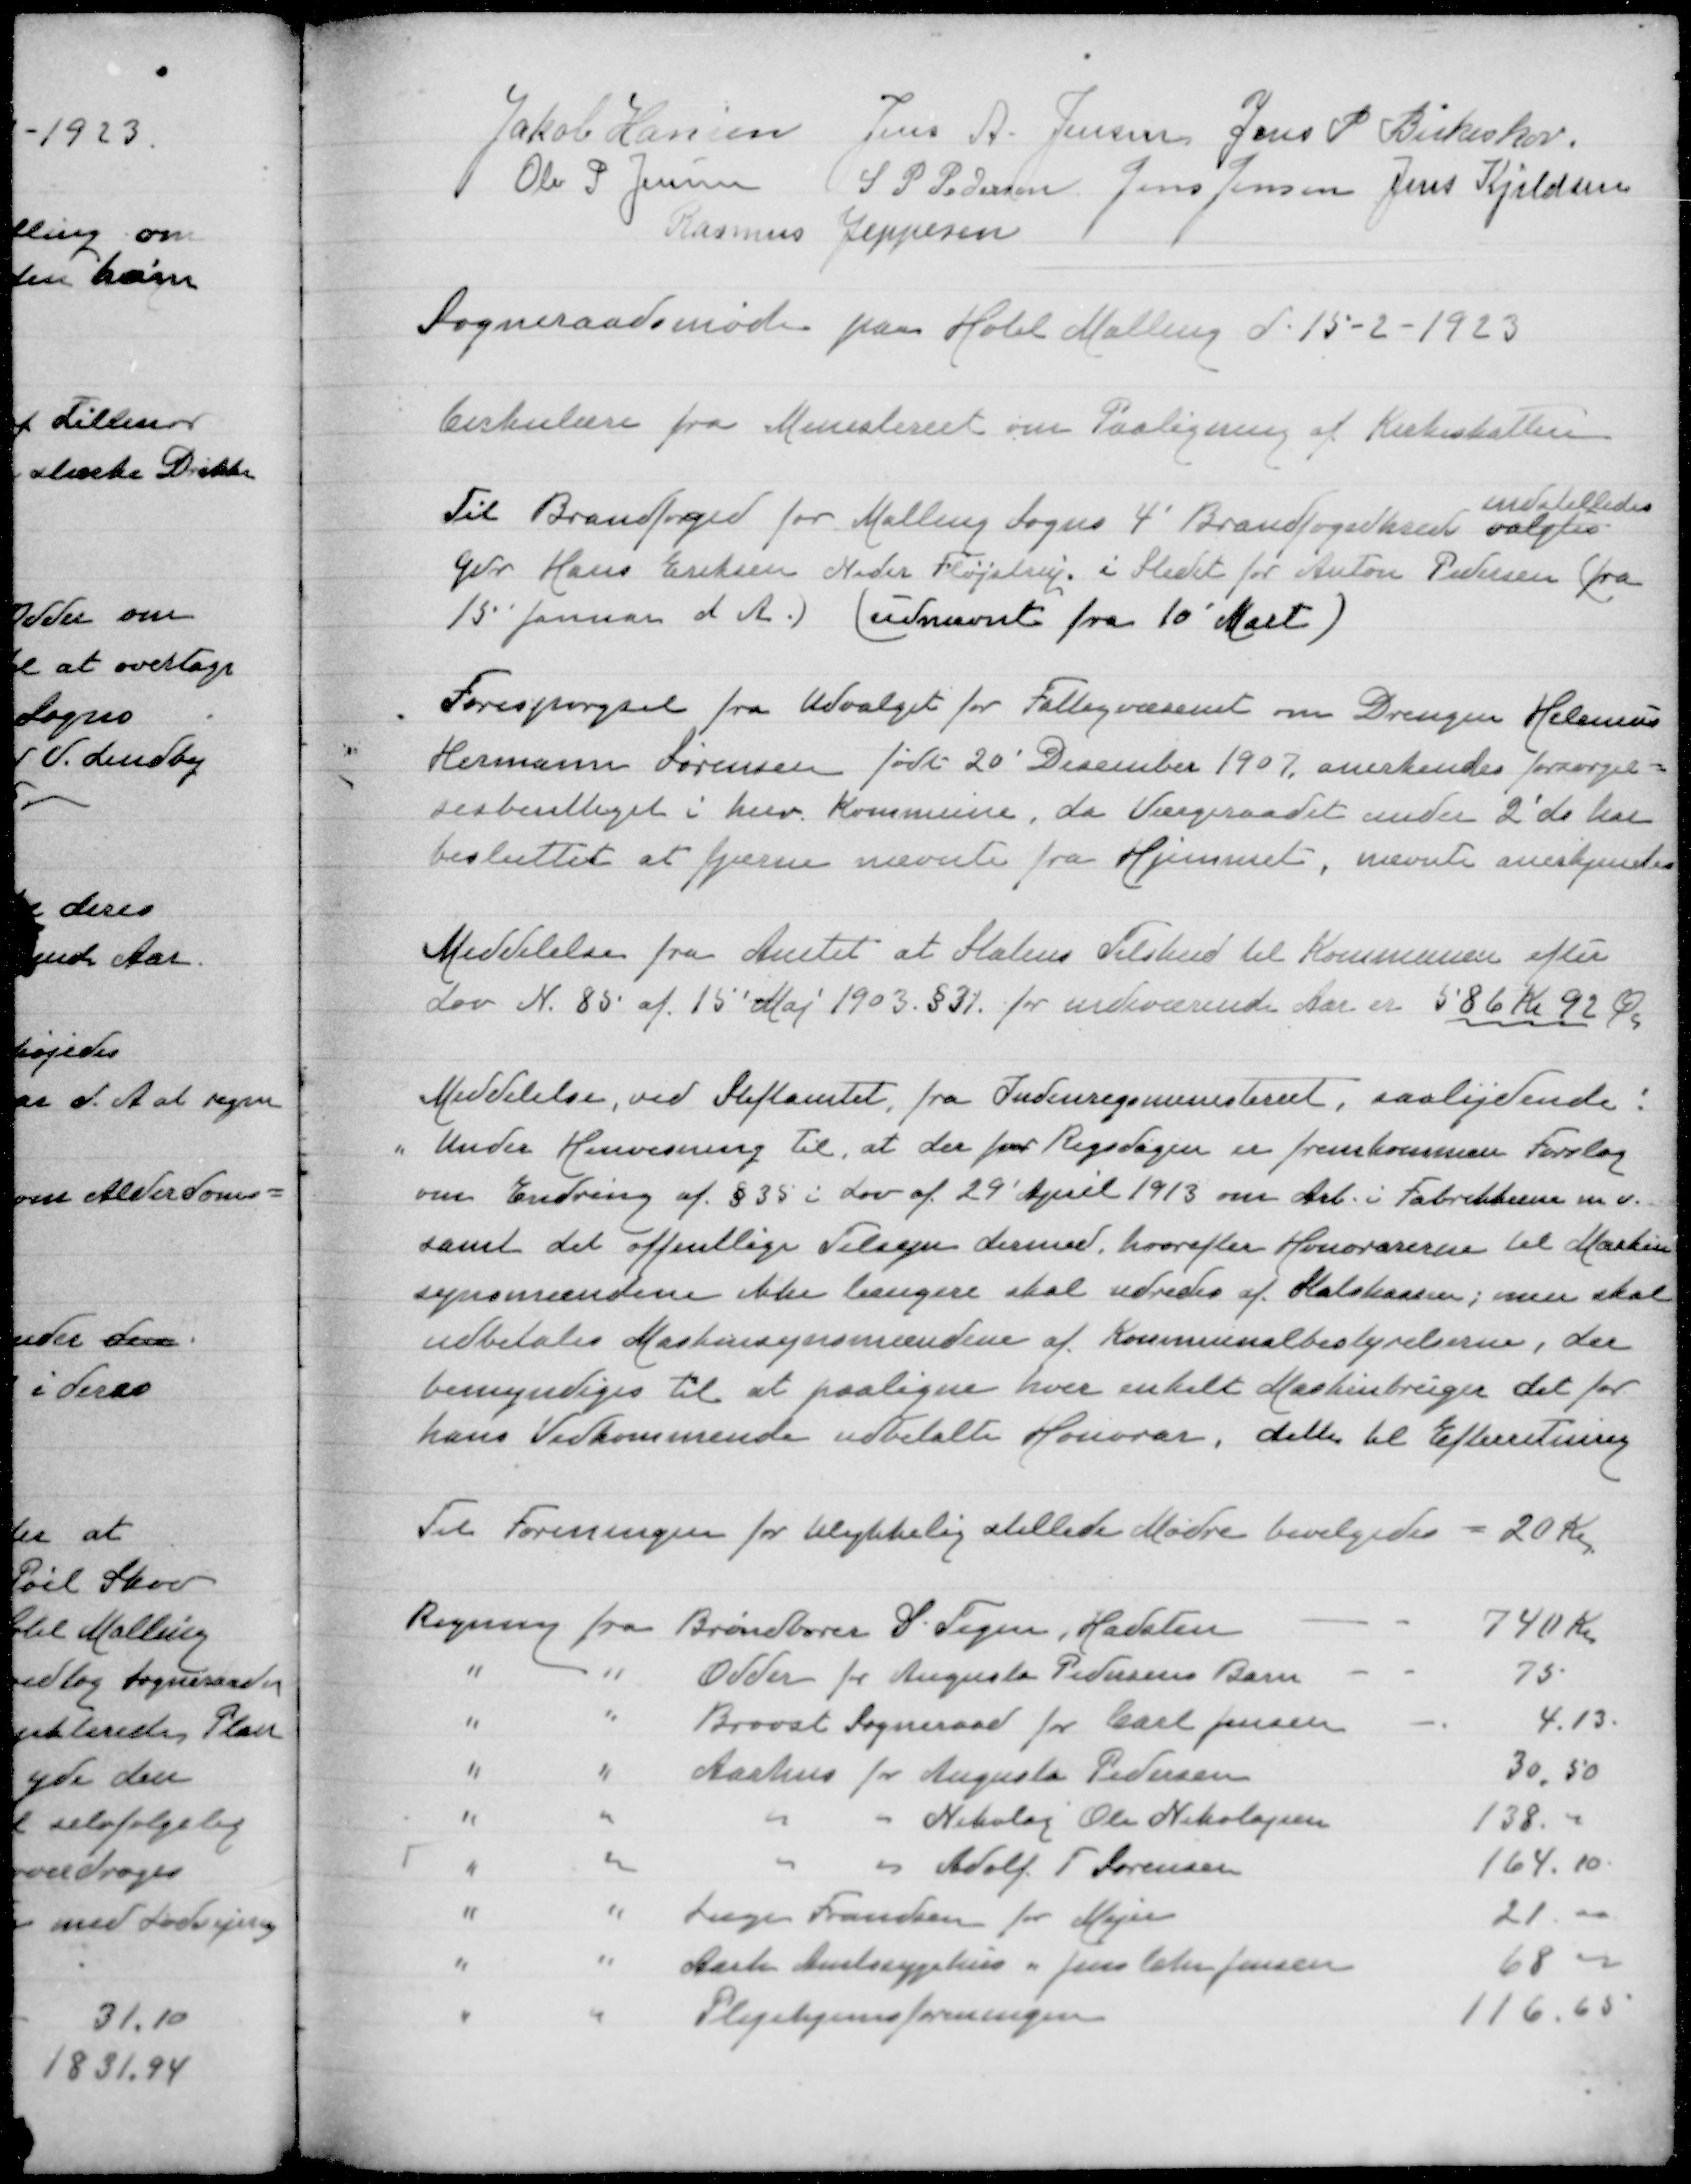
Transskription:
Jakob Hansen
Jens A Jensen
Jens P Birkeskov
Ole P Jensen
S P Pedersen
Jens Jensen
Jens Kjeldsen
Rasmus Jeppesen
Sogneraadsmøde paa Hotel Malling d 15-2-1923
Cirkulære fra Ministeriet om Paaligning af Kirkeskatter
indstilledes
Til Brandfoged for Malling Sogns 4' Brandfogedkreds valgtes
Gdr Hans Eriksen Neder Fløjstrup i Stedet for Anton Pedersen (fra
15 Januar d A) (udnævnt fra 10' Mart)
Forespørgsel fra Udvalget for Fattigvæsnet om Drengen Helenius
Hermann Sørensen født 20' December 1907 anerkendes forsørgel=
sesberettiget i herv Kommune, da Værgeraadet under 2' ds har
besluttet at fjerne nævnte fra Hjemmet, nævnt anerkendes
Meddelelse fra Amtet at Statens Tilskud til Kommunen efter
Lov N 85 af 15' Maj 1903 §31 for indeværende Aar er 586 Kr 92 Øre
Meddelelse, ved Stiftamtet, fra Indenrigsministeriet,saalydende:
"Under Henvisning til, at der fra Rigsdagen er fremkommen Forslag
om Erindring af §35 i Lov af 29' April 1913 om Arb i Fabrikkerne m.v.
samt det offentlige Tilsyn dermed, hvorefter Honorarerne til Maskin
synsmændene ikke længere skal udredes af Statskassen, men skal
udbetales Maskinsynsmændene af Kommunalbestyrelsen, der
bemyndiges til at paaligne hver enkelt Maskinbruger det for
hans Vedkommende udbetalte Honorar, dette til Efterretning
Til Forenningen for Ulykkelig stillede Mødre bevilgedes
20 Kr
Regning fra Brøndborer S Tegen, Hadsten
740 Kr
" " Odder for Augusta Pedersens Barn
75
" " Brovst Sogneraad for Carl Jensen
413
" " Aarhus for Augusta Pedersen
30,50
" " " " Nikolaj Ole Nikolajsen
138,00
" " " " Adolf T Sørensen
164,10
" "Læge Frandsen for Mejeri
21,00
" " Aarhus Amtssygehus " Jens Chr Jensen
68,00
" " Plejehjemsforeningen
116,65